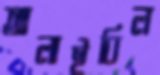
আলাইবিল